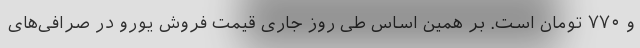
و ۷۷۰ تومان است. بر همین‌ اساس طی روز جاری قیمت فروش یورو در صرافی‌های